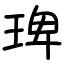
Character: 琕